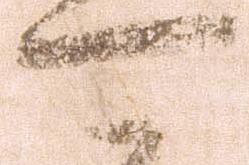
可